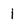
Character: 1